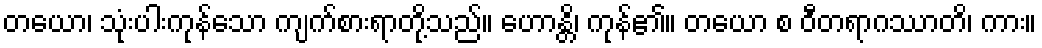
တယော၊ သုံးပါးကုန်သော ကျက်စားရာတို့သည်။ ဟောန္တိ၊ ကုန်၏။ တယော စ ဝီတရာဂဿာတိ၊ ကား။